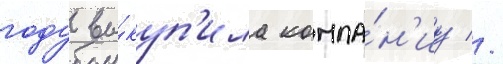
году вы́куп'ила компа́н'иу //